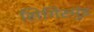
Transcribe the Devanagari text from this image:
सिगिस्मुंड